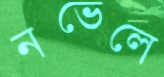
নভেলে